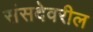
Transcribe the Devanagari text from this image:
संसदेवरील